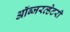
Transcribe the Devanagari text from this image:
ऑब्जरव्हेटरी